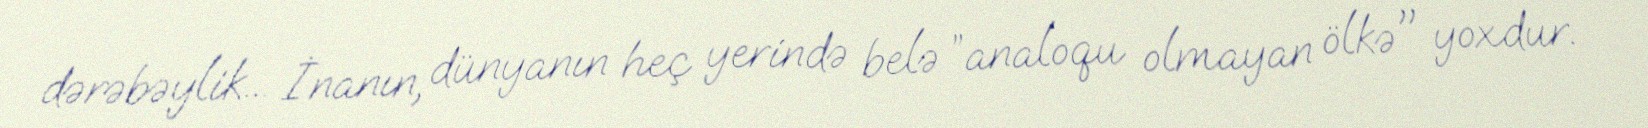
dərəbəylik... İnanın, dünyanın heç yerində belə ”analoqu olmayan ölkə" yoxdur.